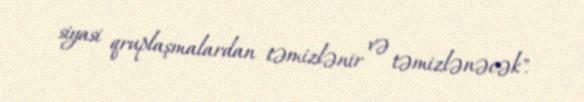
siyasi qruplaşmalardan təmizlənir və təmizlənəcək".